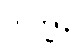
ဘိက္ခုနိ